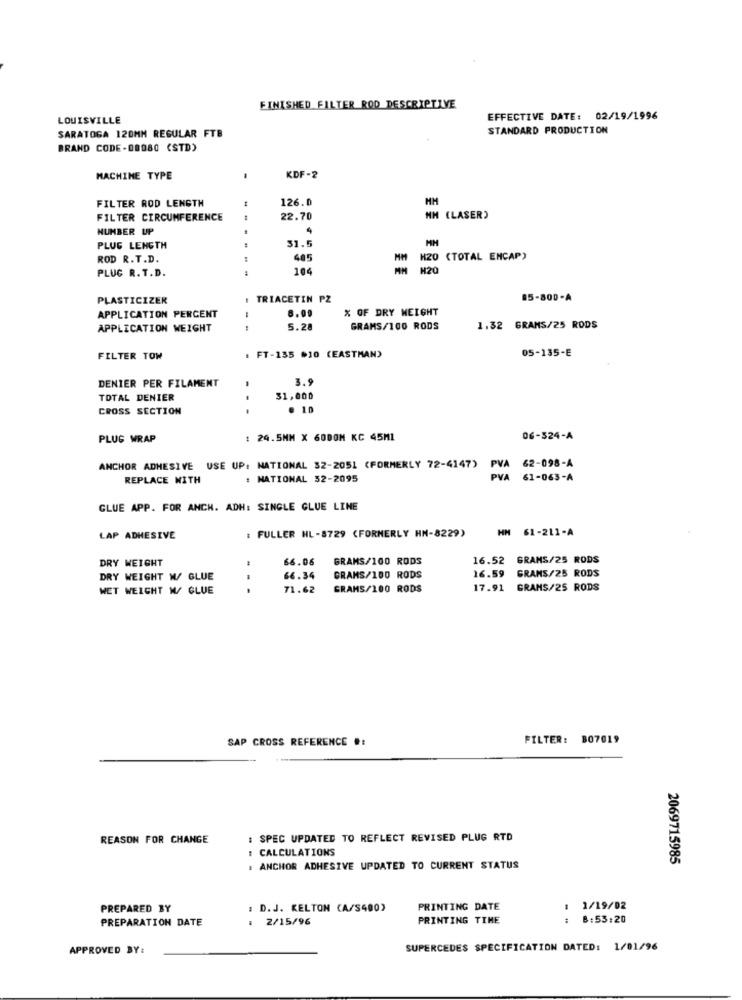
FINISHED FILTER ROD DESCRIPTIVE
LOUISVILLE
EFFECTIVE DATE: 02/19/1996
SARATOGA 120MM REGULAR FTB
STANDARD PRODUCTION
BRAND CODE -08080 (STD)
MACHINE TYPE
KDF-2
FILTER ROD LENGTH
126.0
MM
FILTER CIRCUMFERENCE
22.70
NM (LASER)
NUMBER UP
4
31.5
MH
PLUG LENGTH
ROD R.T.D.
485
H20 (TOTAL ENCAP)
PLUG R. T.D.
104
H20
PLASTICIZER
I TRIACETIN PZ
85-800-A
% OF DRY WEIGHT
APPLICATION PERCENT
8.00
APPLICATION WEIGHT
5.28
GRAMS/100 RODS
1.32 GRAMS/25 RODS
05-135-E
FILTER TOW
: FT-135 .10 (EASTMAN)
DENIER PER FILAMENT
3.9
TOTAL DENIER
31,000
CROSS SECTION
. 10
PLUG WRAP
: 24.5MM X 60DOM KC 45ML
06-324-A
62-098-A
ANCHOR ADHESIVE USE UP: NATIONAL 32-2051 (FORMERLY 72-4147)
PVA
REPLACE WITH
: NATIONAL 52-2095
PVA 61-063-A
GLUE APP. FOR ANCH. ADH: SINGLE GLUE LINE
: FULLER HL-8729 (FORMERLY HN-8229)
HM 61-211-A
LAP ADHESIVE
DRY WEIGHT
66.06
GRAMS/100 RODS
16.52 GRAMS/25 RODS
16.59
GRAMS/25 RODS
DRY WEIGHT W/ GLUE
66.34
GRAMS/100 RODS
WET WEIGHT W/ GLUE
71.62
GRAMS/100 RODS
17.91 GRAMS/25 RODS
SAP CROSS REFERENCE .:
FILTER: 807019
REASON FOR CHANGE
: SPEC UPDATED TO REFLECT REVISED PLUG RTD
: CALCULATIONS
2069715985
: ANCHOR ADHESIVE UPDATED TO CURRENT STATUS
PREPARED BY
: D.J. KELTON (A/S400)
PRINTING DATE
1/19/02
PREPARATION DATE
: 2/15/96
PRINTING TIME
- -
8:53:20
APPROVED BY:
SUPERCEDES SPECIFICATION DATED: 1/01/96